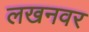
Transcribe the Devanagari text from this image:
लखनवर